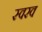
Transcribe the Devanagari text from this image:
स्वरव